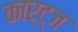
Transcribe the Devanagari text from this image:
कार्ट्ज